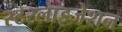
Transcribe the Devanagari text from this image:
स्टरलाइजेशन